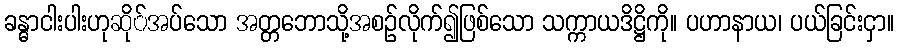
ခန္ဓာငါးပါးဟုဆို်အပ်သော အတ္တဘောသို့အစဉ်လိုက်၍ဖြစ်သော သက္ကာယဒိဋ္ဌိကို။ ပဟာနာယ၊ ပယ်ခြင်းငှာ။